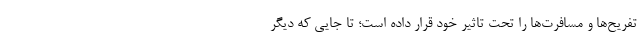
تفریح‌ها و مسافرت‌ها را تحت تاثیر خود قرار داده است؛ تا جایی که دیگر